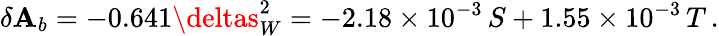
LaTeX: \delta\mathbf{A}_{b}=-0.641\deltas_{W}^{2}=-2.18\times10^{-3}\, S+1.55\times10^{-3}\, T\, .